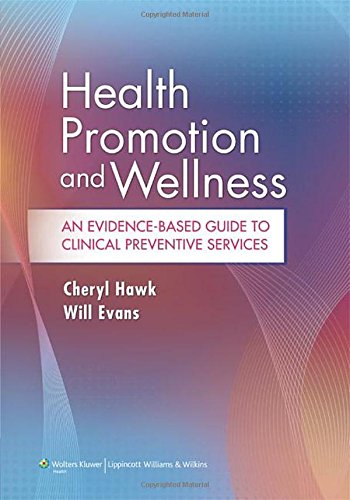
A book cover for Health Promotion and Wellness: An Evidence-Based Guide to Clinical Preventive Services; Cheryl Hawk; Medical Books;